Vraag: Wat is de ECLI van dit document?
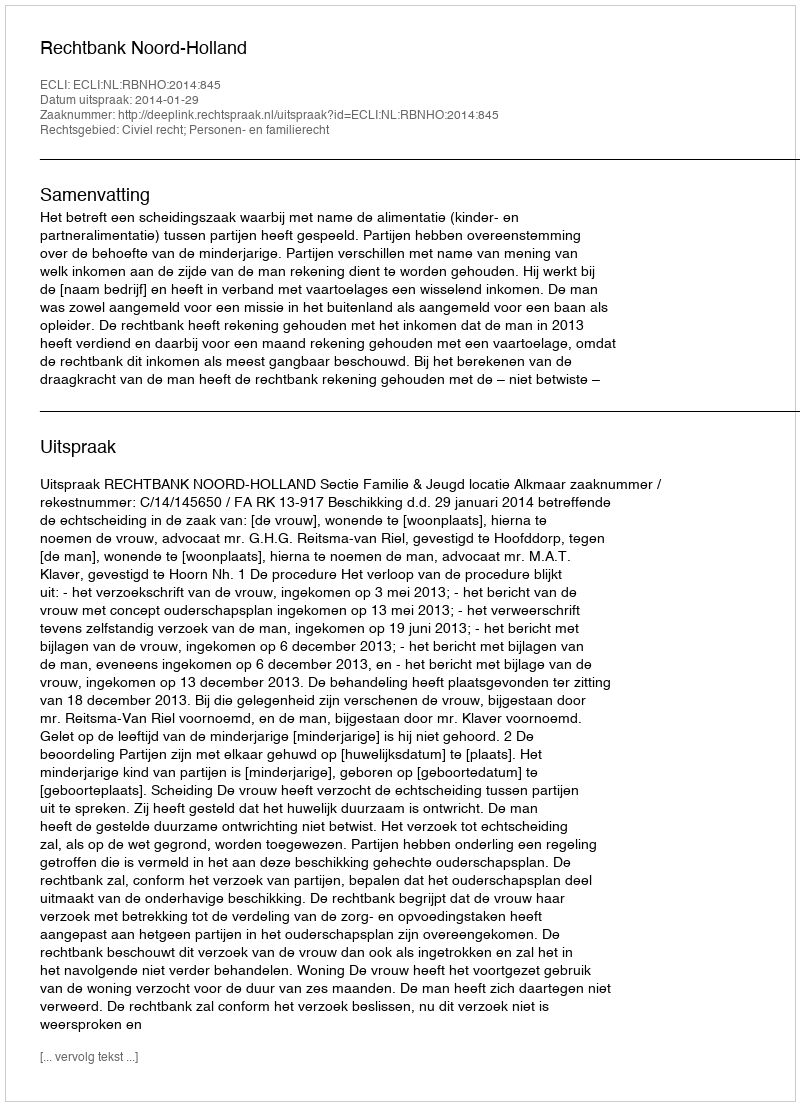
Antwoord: ECLI:NL:RBNHO:2014:845